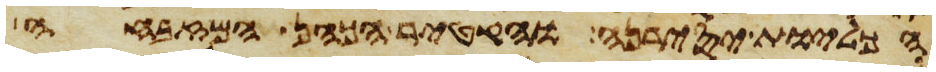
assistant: הכליות יסירנה והקטיר הכהן המזבחה